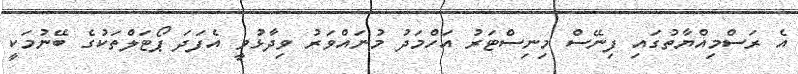
އެ ރަސްމިއްޔާތުގައި ފިނޭސް މިނިސްޓަރު އަހްމަދު މުނައްވަރު ވިދާޅުވީ އެފަދަ ޕޯޓަލްތަކުގެ ބޭނުމަކީ